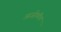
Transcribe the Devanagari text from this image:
आजोळीच